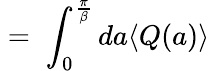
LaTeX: \; =\; \int_{0}^{\frac{\pi}{\beta}}da\langle Q(a)\rangle